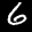
Label: 6